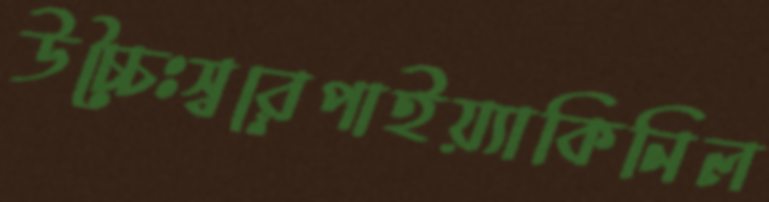
উচ্চৈঃস্বরেপাইয়্যাকিনিল